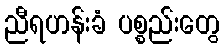
ညီရဟန်းခံ ပစ္စည်းတွေ